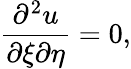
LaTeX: {\frac{\partial^{2}u}{\partial\xi\partial\eta}}=0,